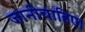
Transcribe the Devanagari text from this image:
जानीचाहिए।